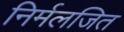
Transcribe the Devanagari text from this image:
निर्मलजित